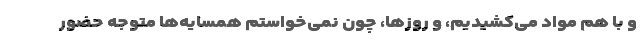
و با هم مواد می‌کشیدیم، و روزها، چون نمی‌خواستم همسایه‌ها متوجه حضور